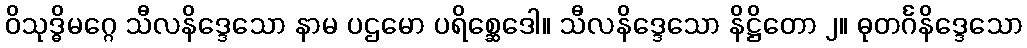
ဝိသုဒ္ဓိမဂ္ဂေ သီလနိဒ္ဒေသော နာမ ပဌမော ပရိစ္ဆေဒေါ။ သီလနိဒ္ဒေသော နိဋ္ဌိတော ၂။ ဓုတင်္ဂနိဒ္ဒေသော